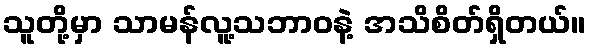
သူတို့မှာ သာမန်လူ့သဘာဝနဲ့ အသိစိတ်ရှိတယ်။